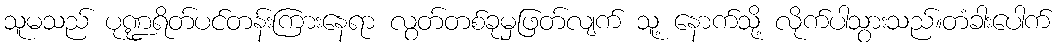
သူမသည် ပုဏ္ဍရိတ်ပင်တန်းကြားနေရာ လွတ်တစ်ခုမှဖြတ်လျက် သူ့ နောက်သို့ လိုက်ပါသွားသည်။တံခါးပေါက်